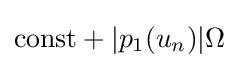
\mathrm {const} +|p_{1}(u_{n})|\Omega